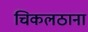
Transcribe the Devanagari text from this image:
चिकलठाना